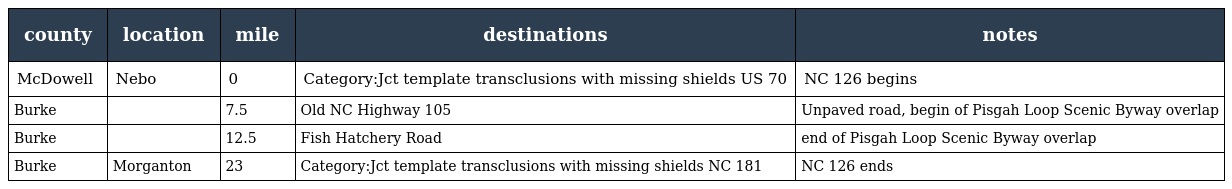
| county | location | mile | destinations | notes |
 | --- | --- | --- | --- | --- |
 | McDowell | Nebo | 0 | Category:Jct template transclusions with missing shields US 70 | NC 126 begins |
 | Burke |  | 7.5 | Old NC Highway 105 | Unpaved road, begin of Pisgah Loop Scenic Byway overlap |
 | Burke |  | 12.5 | Fish Hatchery Road | end of Pisgah Loop Scenic Byway overlap |
 | Burke | Morganton | 23 | Category:Jct template transclusions with missing shields NC 181 | NC 126 ends |